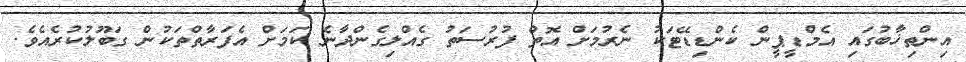
އިންތިޚާބުގައި އެމްޑީޕީން ކެންޑިޑޭޓަކު ނެރުމަށް އޮތް ފުރުސަތު ގެއްލިގެންދާނެ ކަމަށް އެފަރާތްތަކުން ގަބޫލުކުރެއެވެ.